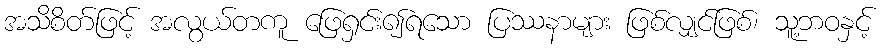
အသိစိတ်ဖြင့် အလွယ်တကူ ဖြေရှင်း၍ရသော ပြဿနာများ ဖြစ်လျှင်ဖြစ်၊ သူ့ဘဝနှင့်